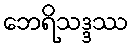
ဘေရိသဒ္ဒဿ